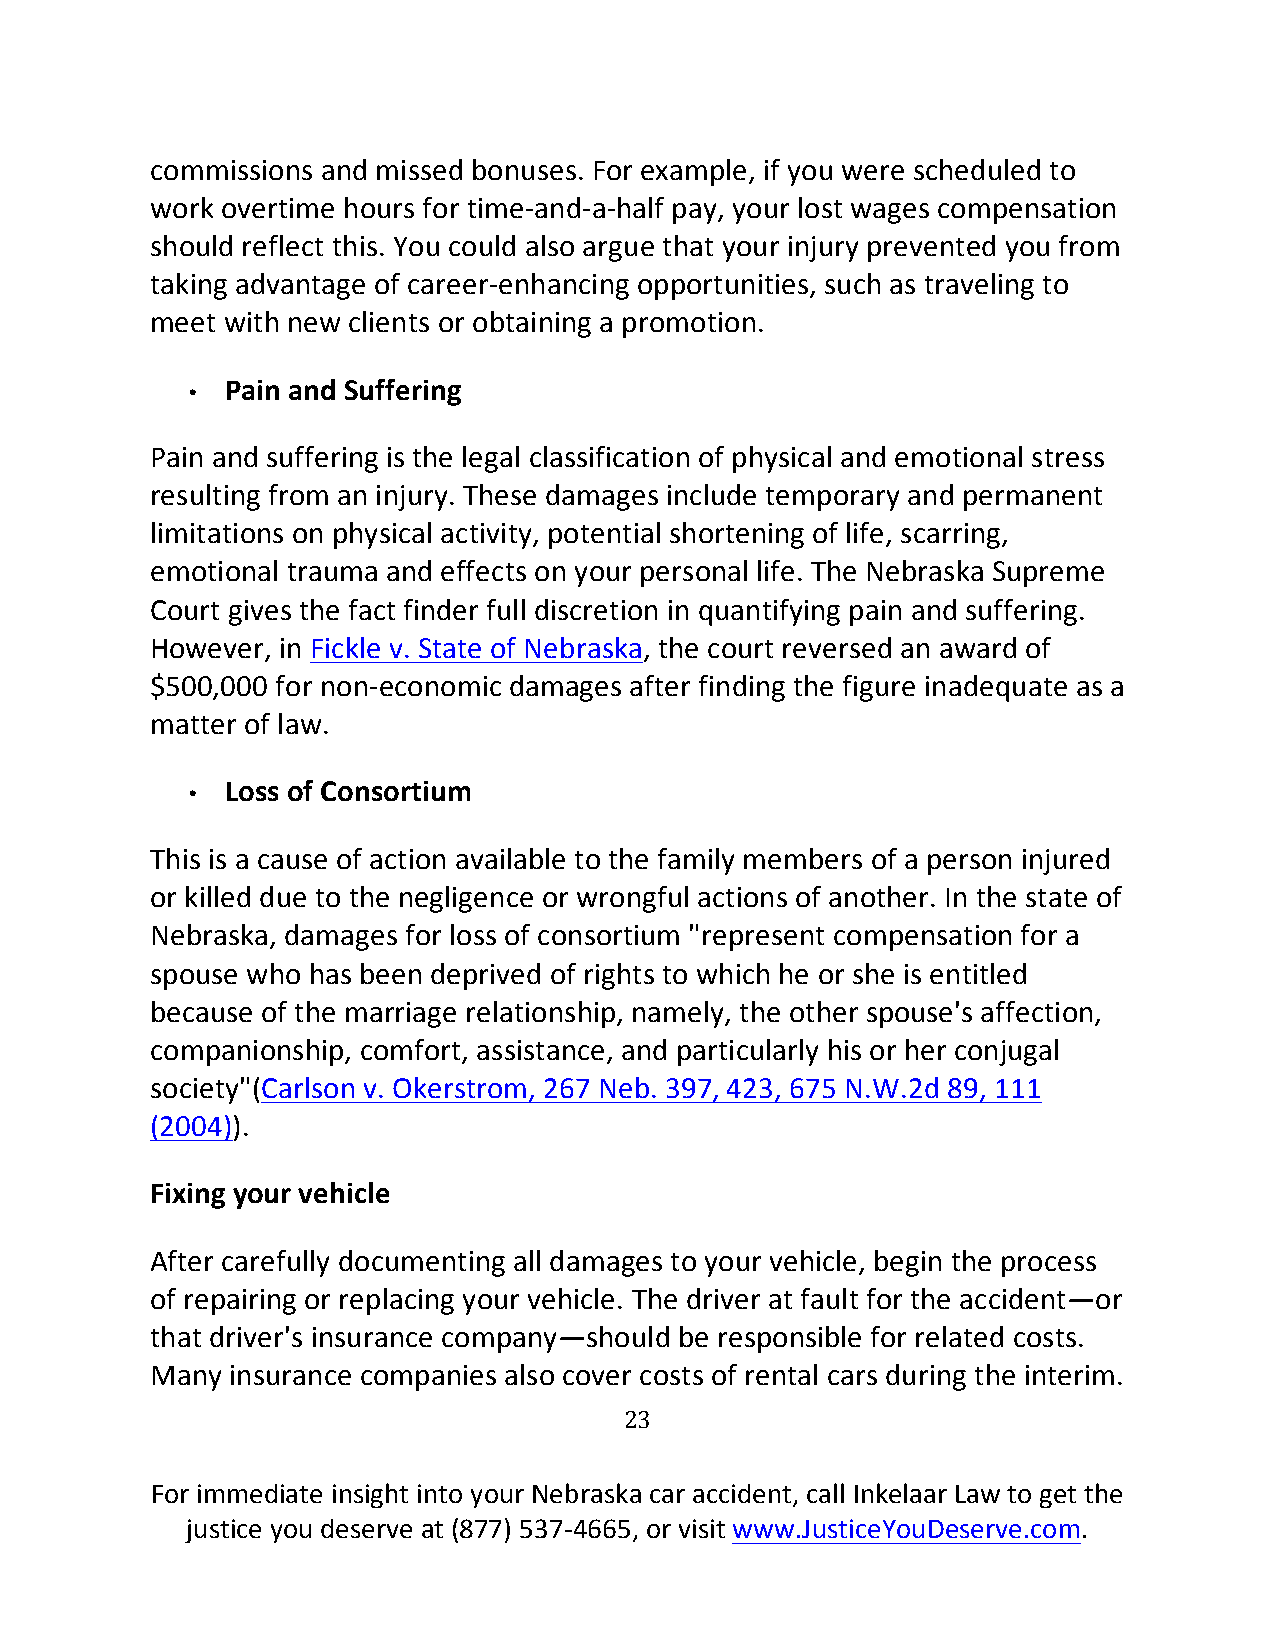
commissions and missed bonuses. For example, if you were scheduled to
 work overtime hours for time-and-a-half pay, your lost wages compensation
 should reflect this. You could also argue that your injury prevented you from
 taking advantage of career-enhancing opportunities, such as traveling to
 meet with new clients or obtaining a promotion.
 Pain and Suffering
 •
 Pain and suffering is the legal classification of physical and emotional stress
 resulting from an injury. These damages include temporary and permanent
 limitations on physical activity, potential shortening of life, scarring,
 emotional trauma and effects on your personal life. The Nebraska Supreme
 Court gives the fact finder full discretion in quantifying pain and suffering.
 However, in Fickle v. State of Nebraska, the court reversed an award of
 $500,000 for non-economic damages after finding the figure inadequate as a
 matter of law.
 Loss of Consortium
 •
 This is a cause of action available to the family members of a person injured
 or killed due to the negligence or wrongful actions of another. In the state of
 Nebraska, damages for loss of consortium "represent compensation for a
 spouse who has been deprived of rights to which he or she is entitled
 because of the marriage relationship, namely, the other spouse's affection,
 companionship, comfort, assistance, and particularly his or her conjugal
 society"(Carlson v. Okerstrom, 267 Neb. 397, 423, 675 N.W.2d 89, 111
 (2004)).
 Fixing your vehicle
 After carefully documenting all damages to your vehicle, begin the process
 of repairing or replacing your vehicle. The driver at fault for the accident—or
 that driver's insurance company—should be responsible for related costs.
 Many insurance companies also cover costs of rental cars during the interim.
 23
 For immediate insight into your Nebraska car accident, call Inkelaar Law to get the
 justice you deserve at (877) 537-4665, or visit www.JusticeYouDeserve.com.